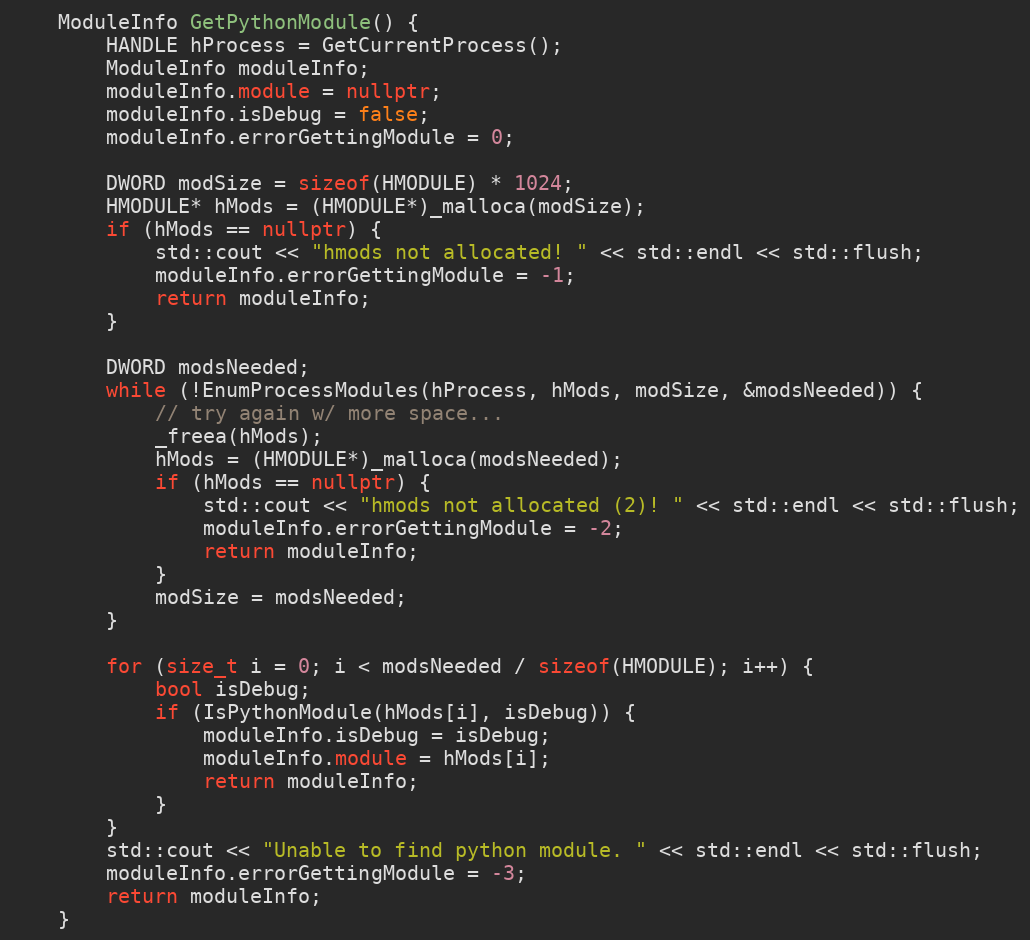
Language: C++
    ModuleInfo GetPythonModule() {
        HANDLE hProcess = GetCurrentProcess();
        ModuleInfo moduleInfo;
        moduleInfo.module = nullptr;
        moduleInfo.isDebug = false;
        moduleInfo.errorGettingModule = 0;

        DWORD modSize = sizeof(HMODULE) * 1024;
        HMODULE* hMods = (HMODULE*)_malloca(modSize);
        if (hMods == nullptr) {
            std::cout << "hmods not allocated! " << std::endl << std::flush;
            moduleInfo.errorGettingModule = -1;
            return moduleInfo;
        }

        DWORD modsNeeded;
        while (!EnumProcessModules(hProcess, hMods, modSize, &modsNeeded)) {
            // try again w/ more space...
            _freea(hMods);
            hMods = (HMODULE*)_malloca(modsNeeded);
            if (hMods == nullptr) {
                std::cout << "hmods not allocated (2)! " << std::endl << std::flush;
                moduleInfo.errorGettingModule = -2;
                return moduleInfo;
            }
            modSize = modsNeeded;
        }

        for (size_t i = 0; i < modsNeeded / sizeof(HMODULE); i++) {
            bool isDebug;
            if (IsPythonModule(hMods[i], isDebug)) {
                moduleInfo.isDebug = isDebug;
                moduleInfo.module = hMods[i];
                return moduleInfo;
            }
        }
        std::cout << "Unable to find python module. " << std::endl << std::flush;
        moduleInfo.errorGettingModule = -3;
        return moduleInfo;
    }